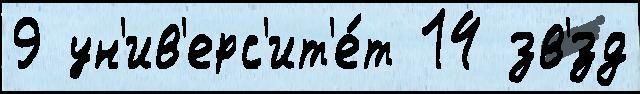
9 ун'ив'ерс'ит'е́т 14 зв'́зд